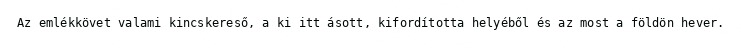
Az emlékkövet valami kincskereső, a ki itt ásott, kifordította helyéből és az most a földön hever.